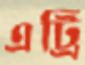
এট্রি